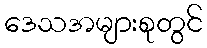
ဒေသအများစုတွင်